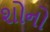
શોનો